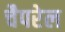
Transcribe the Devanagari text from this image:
चैपरेल